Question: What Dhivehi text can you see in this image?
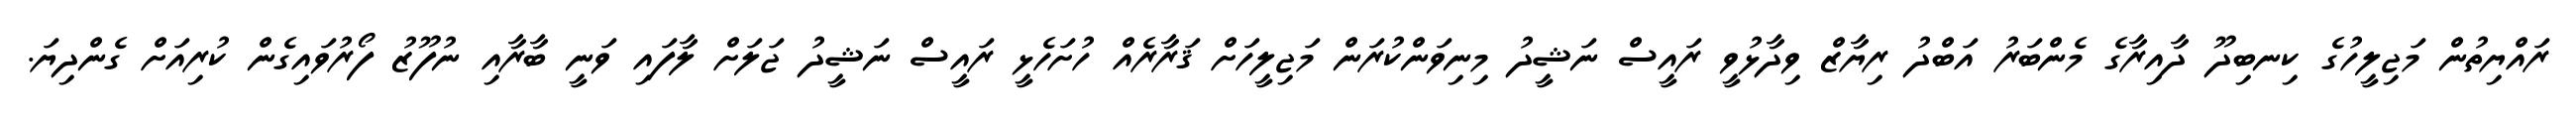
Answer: ރައްޔިތުން މަޖިލީހުގެ ކިނބިދޫ ދާއިރާގެ މެންބަރު އަބްދު ރިޔާޒް ވިދާޅުވީ ރައީސް ނަޝީދު މިނިވަންކުރަން މަޖިލީހަށް ޤަރާރެއް ހުށަހެޅީ ރައީސް ނަޝީދު ޖަލަށް ލާފައި ވަނީ ބާރާއި ނުފޫޒު ފޯރުވައިގެން ކުރިއަށް ގެންދިޔަ.